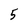
Character: 5